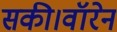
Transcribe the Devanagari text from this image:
सकी।वॉरेन